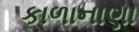
કાળાનાણા